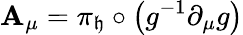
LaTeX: \mathbf{A}_{\mu}=\pi_{\mathfrak{{h}}}\circ\left(g^{-1}\partial_{\mu}g\right)